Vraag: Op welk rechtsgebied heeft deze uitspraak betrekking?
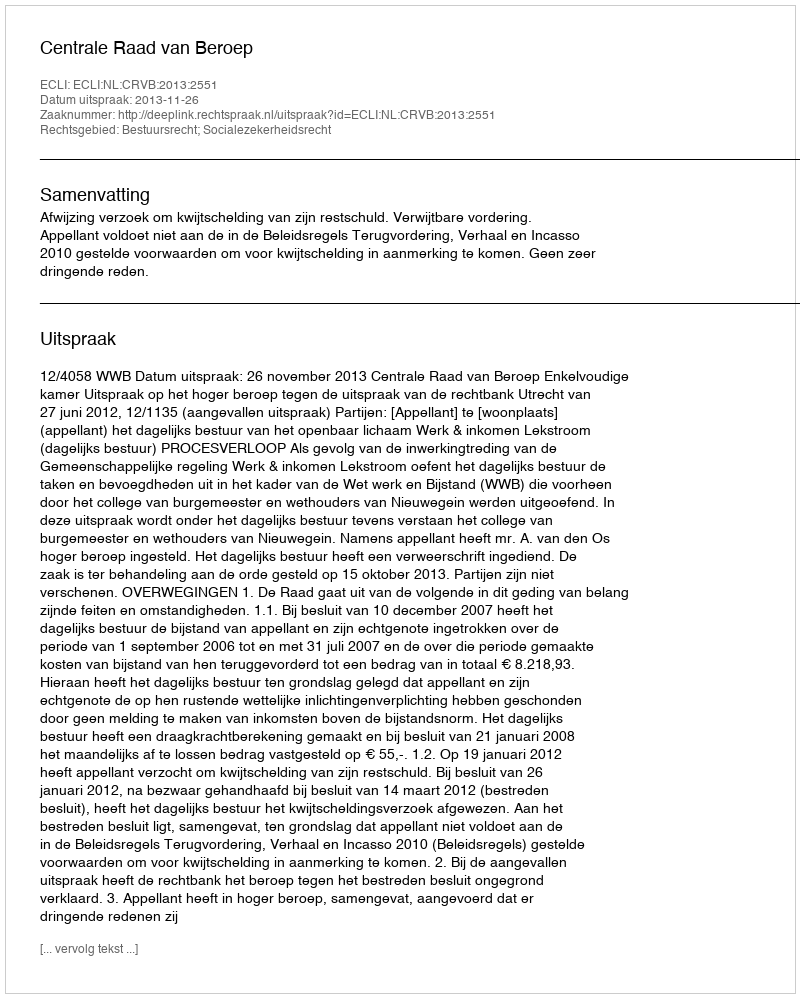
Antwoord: Bestuursrecht; Socialezekerheidsrecht